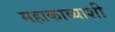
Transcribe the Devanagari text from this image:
महाकाव्याशी